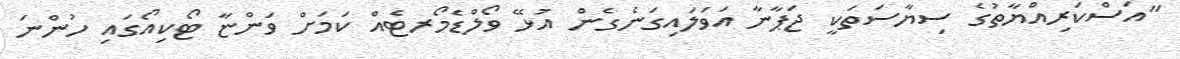
"އަސްކަރިއްޔާތުގެ ސިޔާސަތަކީ ޖަޕާނާ އަވަލައިގަނެގެން އުޅޭ ވޯލްޑެމޯރޓެއް ކަމަށް ވަންޏާ ޓޯކިއޯގައި ހުންނަ